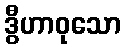
ဒွီဟာဝုသော